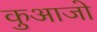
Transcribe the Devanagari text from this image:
कुआजो